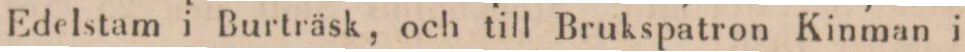
Edelstam i Burträsk, och till Brukspatron Kinman i